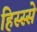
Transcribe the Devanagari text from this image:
हिस्‍स्‍से